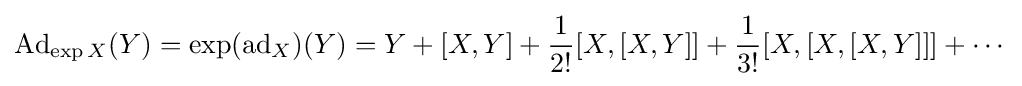
\mathrm {Ad} _{\exp X}(Y)=\exp(\mathrm {ad} _{X})(Y)=Y+[X,Y]+{\frac {1}{2!}}[X,[X,Y]]+{\frac {1}{3!}}[X,[X,[X,Y]]]+\cdots